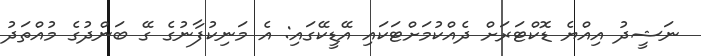
ނަޝީދު އިއްޔެ ޑޮކްޓަރަށް ދެއްކުމަށްޓަކައި އޭޑީކޭގައި: އެ މަނިކުފާނުގެ ގޭ ބަންދުގެ މުއްތަދު